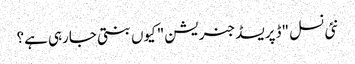
نئی نسل "ڈپریسڈ جنریشن" کیوں بنتی جارہی ہے؟